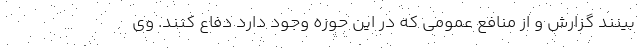
بینند گزارش و از منافع عمومی که در این حوزه وجود دارد دفاع کنند. وی